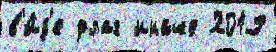
в'и́д'е флаг иначе 2019